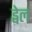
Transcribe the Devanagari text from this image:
ड्वेल